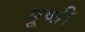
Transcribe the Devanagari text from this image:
पूष्ती